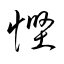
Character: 慳